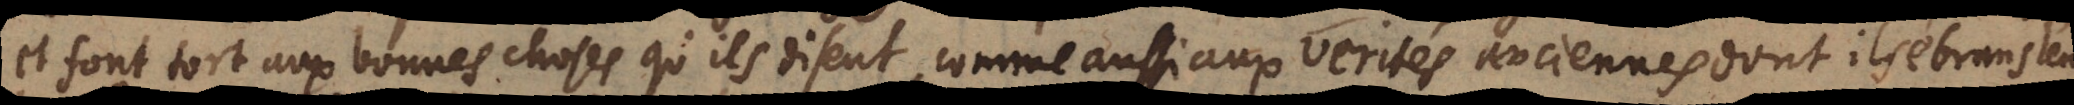
et font tort aux bonnes choses qu’ils disent, comme aussi aux verités anciennes dont ils ébranslent